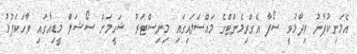
އެމަނިކުފާނު ވިދާޅުވީ ސޯފާ އެގްރިމެންޓްގެ މައްސަލައިގައި މިނިސްޓަރު ޝަހީމަށް ސޯޝަލް މީޑިއާގައި ވާހަކަފުޅު